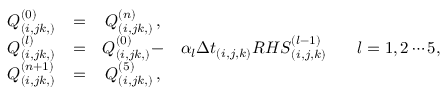
\begin{array} { c c c c c } { Q _ { ( i , j k , ) } ^ { ( 0 ) } } & { = } & { Q _ { ( i , j k , ) } ^ { ( n ) } \, \mathrm { , } } & & \\ { Q _ { ( i , j k , ) } ^ { ( l ) } } & { = } & { Q _ { ( i , j k , ) } ^ { ( 0 ) } - } & { \alpha _ { l } { \Delta t } _ { ( i , j , k ) } { R H S } _ { ( i , j , k ) } ^ { ( l - 1 ) } \, } & { \, \, \, \, l = 1 , 2 \cdots 5 , } \\ { Q _ { ( i , j k , ) } ^ { ( n + 1 ) } } & { = } & { Q _ { ( i , j k , ) } ^ { ( 5 ) } \, \mathrm { , } } & & \end{array}